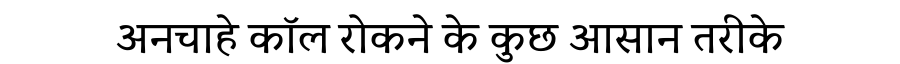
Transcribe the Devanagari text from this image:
अनचाहे कॉल रोकने के कुछ आसान तरीके